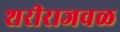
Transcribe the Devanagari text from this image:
शरीराजवळ